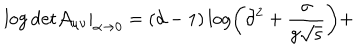
\left. \mathrm { \log \det } \mathcal { A } _ { \mu \nu } \right| _ { \alpha \rightarrow 0 } = ( d - 1 ) \log \left( \partial ^ { 2 } + \frac { \sigma } { g \sqrt { \varsigma } } \right) +